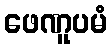
ဖေဏူပမံ